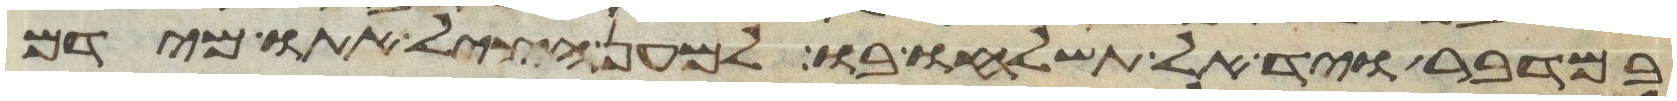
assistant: במדבר ויד אל תשלחו בו למען הציל אתו מידם